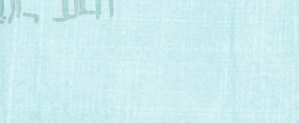
حلول تكييف الهواء الموفرة